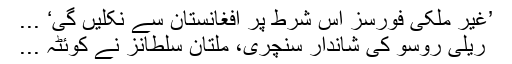
’غیر ملکی فورسز اس شرط پر افغانستان سے نکلیں گی‘ ...
ریلی روسو کی شاندار سنچری، ملتان سلطانز نے کوئٹہ ...